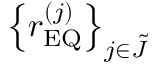
\left\{ r _ { \mathrm { E Q } } ^ { \left( j \right) } \right\} _ { j \in \tilde { J } }